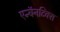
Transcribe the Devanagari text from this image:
एन्चॅनटिक्स